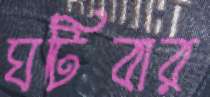
ঘটিবার